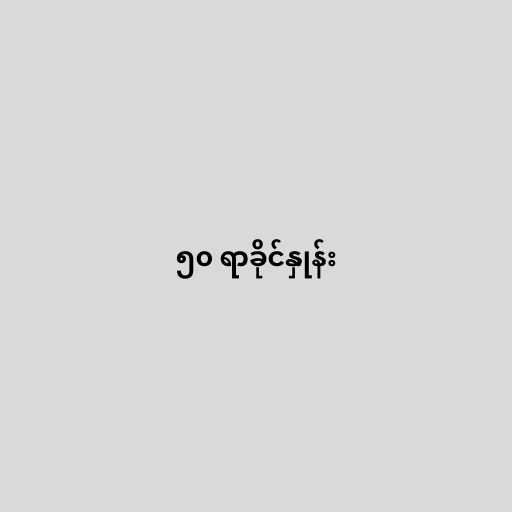
၅၀ ရာခိုင်နှုန်း